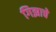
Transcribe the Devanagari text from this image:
गिझाचे